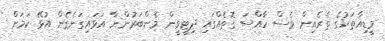
މީޑިއާތަކުގެ ތެރެއިން ވެސް ހާއްސަ ގޮތެއްގައި ދިޓީވީން މެންބަރުންނާ އަޅައިގަނެގެން އުޅޭ ކަމަށް